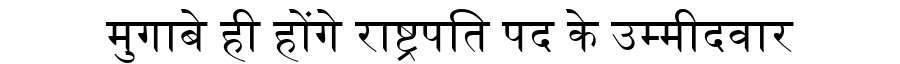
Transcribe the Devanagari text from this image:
मुगाबे ही होंगे राष्ट्रपति पद के उम्मीदवार